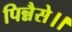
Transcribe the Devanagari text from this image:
पिन्नैसे।।